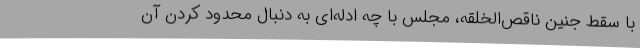
با سقط جنین ناقص‌الخلقه، مجلس با چه ادله‌ای به دنبال محدود کردن آن